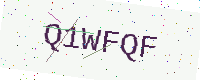
Text: Q1WFQF